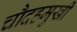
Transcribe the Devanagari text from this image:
चौदहमुखी